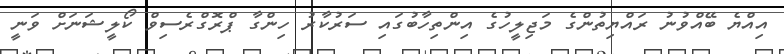
އިއްޔެ ބޭއްވުނު ރައްޔިތުންގެ މަޖިލީހުގެ އިންތިހާބުގައި ސަރުކާރު ހިންގާ ޕްރޮގްރެސިވް ކޯލީޝަނަށް ވަނީ